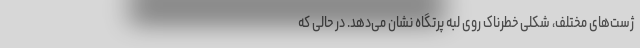
ژست‌های مختلف، شکلی خطرناک روی لبه پرتگاه نشان می‌دهد. در حالی که